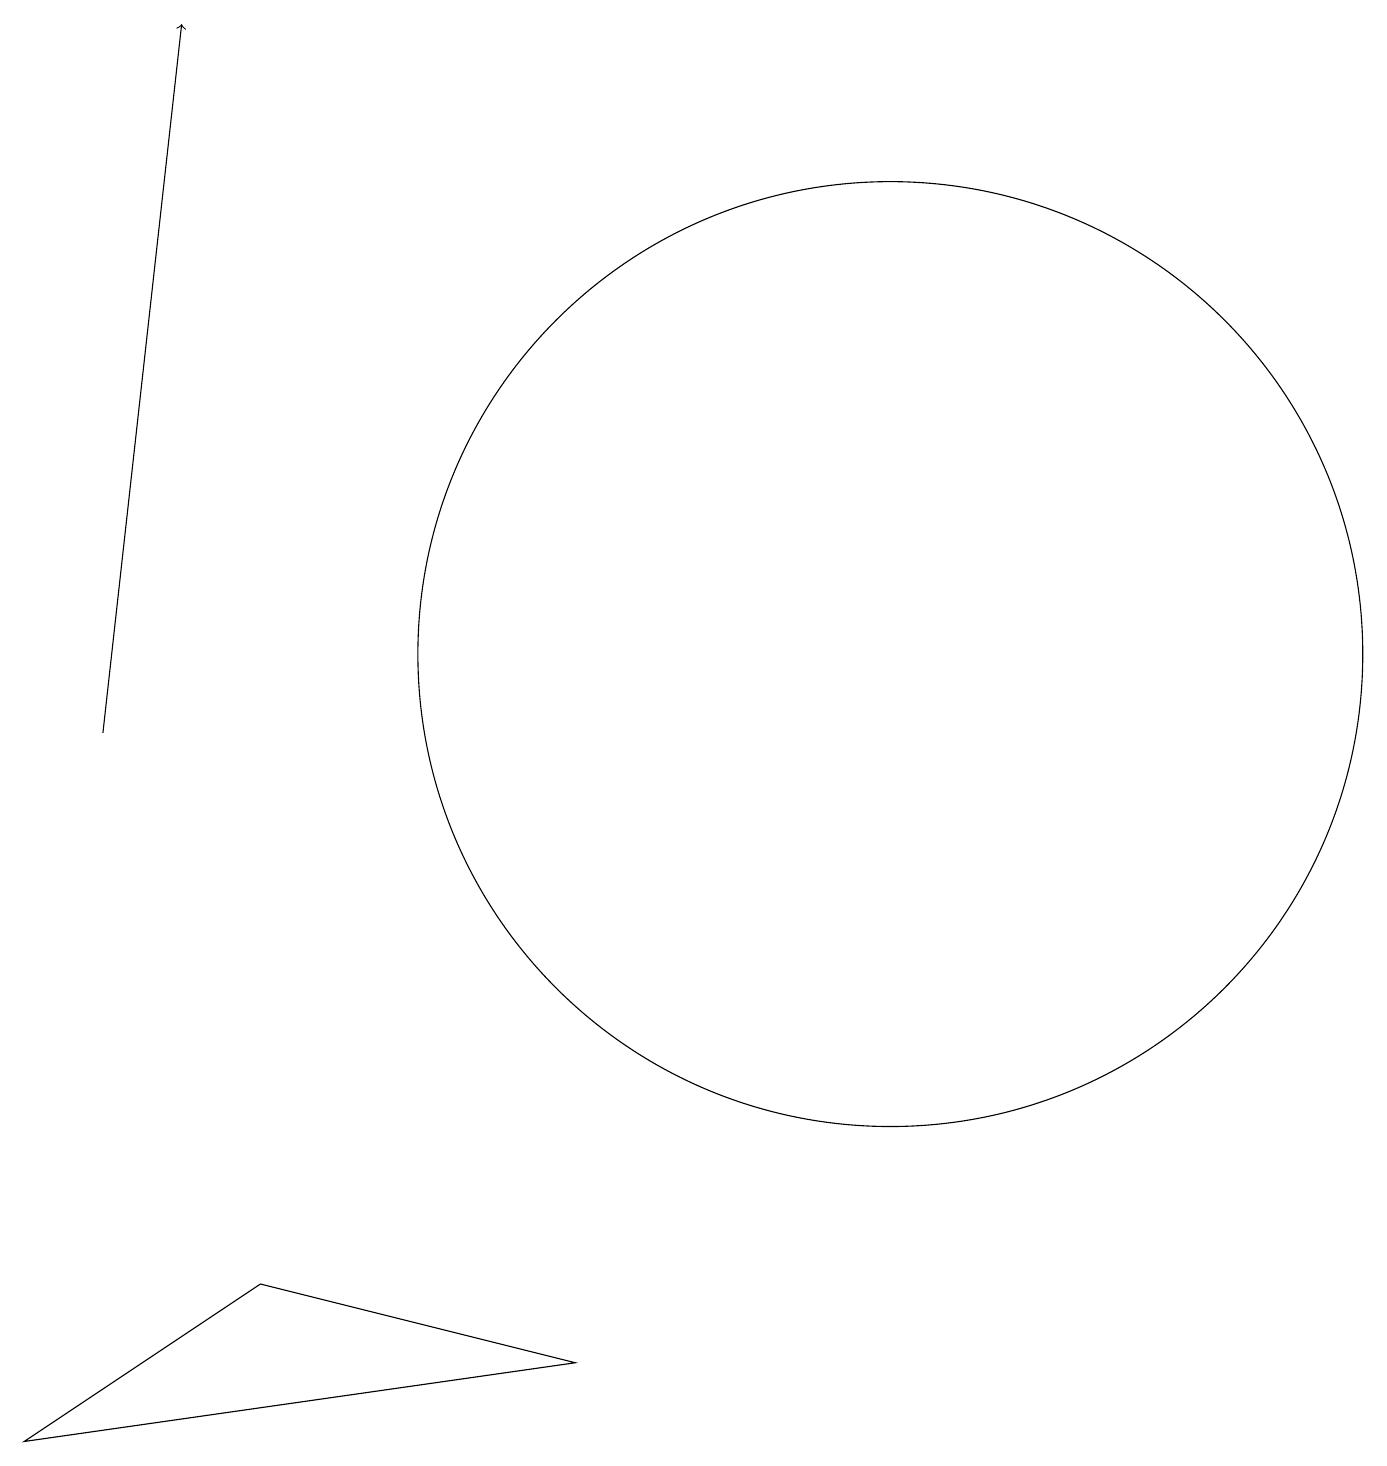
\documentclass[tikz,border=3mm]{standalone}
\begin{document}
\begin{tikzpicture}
\draw[->] (2,10) -- (3,19);
\draw (12,11) circle (6);
\draw (8,2) -- (4,3) -- (1,1) -- cycle;
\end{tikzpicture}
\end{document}